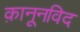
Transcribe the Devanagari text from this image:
क़ानूनविद